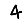
Digit: 4